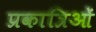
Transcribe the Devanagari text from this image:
प्रकात्रिओं